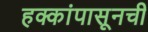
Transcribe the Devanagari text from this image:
हक्कांपासूनची